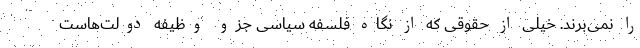
را نمی‌برند. خیلی از حقوقی که از نگاه فلسفه سیاسی جزو وظیفه دولت‌هاست